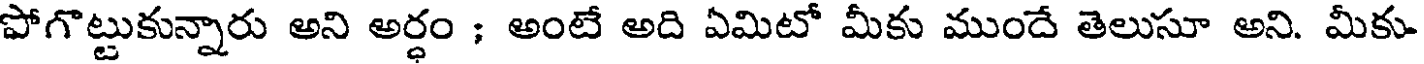
పోగొట్టుకున్నారు అని అర్ధం ; అంటే అది ఏమిటో మీకు ముందే తెలుసూ అని. మీకు